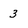
Character: 3